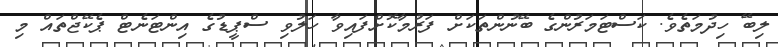
ލިބޭ ހިދުމަތެވެ. ކަސްޓަމަރުންގެ ބޭނުންތަކަށް ފަރުމާކޮށްފައިވާ ހަލުވި ސްޕީޑުގެ އިންޓަނެޓް ޕެކޭޖްތައް މި